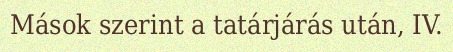
Mások szerint a tatárjárás után, IV.